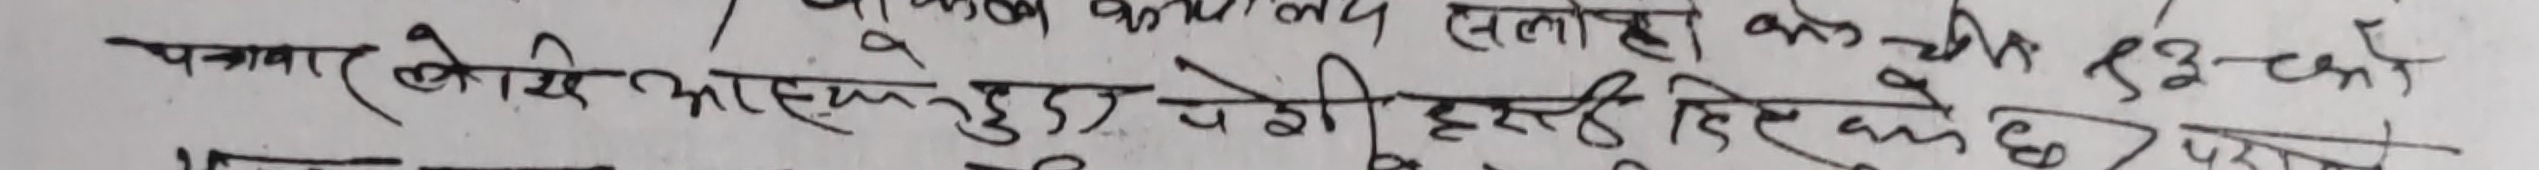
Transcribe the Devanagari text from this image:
पनवार लेखि आएक हुदाँ जेरी हजुर दिएको छु।